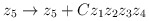
\begin{align*} z_5 \to z_5 + Cz_1z_2z_3z_4\end{align*}